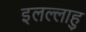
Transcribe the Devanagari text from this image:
इलल्लाहु